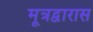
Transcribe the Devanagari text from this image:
मूत्रद्वारास